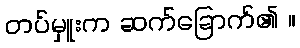
တပ်မှူးက ဆက်ခြောက်၏ ။